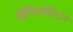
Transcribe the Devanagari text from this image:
डिपिगमेंटेशन